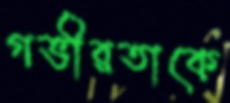
গভীরতাকে